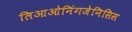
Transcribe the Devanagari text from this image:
लिआओनिंगजेनिसिस